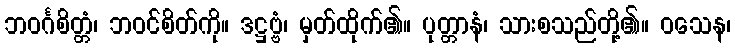
ဘဝင်္ဂစိတ္တံ၊ ဘဝင်စိတ်ကို။ ဒဋ္ဌဗ္ဗံ၊ မှတ်ထိုက်၏။ ပုတ္တာနံ၊ သားစသည်တို့၏။ ဝသေန၊